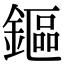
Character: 鏂